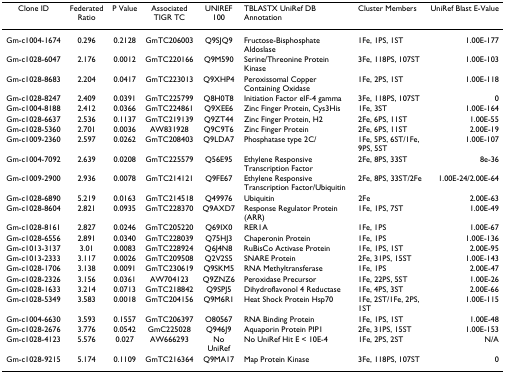
<table><thead><tr><td><b>Clone ID</b></td><td><b>Federated Ratio</b></td><td><b>P Value</b></td><td><b>Associated TIGR TC</b></td><td><b>UNIREF 100</b></td><td><b>TBLASTX UniRef DB Annotation</b></td><td><b>Cluster Members</b></td><td><b>UniRef Blast E-Value</b></td></tr></thead><tbody><tr><td>Gm-c1004-1674</td><td>0.296</td><td>0.2128</td><td>GmTC206003</td><td>Q9SJQ9</td><td>Fructose-Bisphosphate Aldoslase</td><td>1Fe, 1PS, 1ST</td><td>1.00E-177</td></tr><tr><td>Gm-c1028-6047</td><td>2.176</td><td>0.0012</td><td>GmTC220166</td><td>Q9M590</td><td>Serine/Threonine Protein Kinase</td><td>3Fe, 118PS, 107ST</td><td>1.00E-103</td></tr><tr><td>Gm-c1028-8683</td><td>2.204</td><td>0.0417</td><td>GmTC223013</td><td>Q9XHP4</td><td>Peroxissomal Copper Containing Oxidase</td><td>1Fe, 2PS, 1ST</td><td>1.00E-118</td></tr><tr><td>Gm-c1028-8247</td><td>2.409</td><td>0.0391</td><td>GmTC225799</td><td>Q8H0T8</td><td>Initiation Factor eIF-4 gamma</td><td>3Fe, 118PS, 107ST</td><td>0</td></tr><tr><td>Gm-c1004-8188</td><td>2.412</td><td>0.0366</td><td>GmTC224861</td><td>Q9XEE6</td><td>Zinc Finger Protein, Cys3His</td><td>1Fe, 3ST</td><td>1.00E-164</td></tr><tr><td>Gm-c1028-6637</td><td>2.536</td><td>0.1137</td><td>GmTC219139</td><td>Q9ZT44</td><td>Zinc Finger Protein, H2</td><td>2Fe, 6PS, 11ST</td><td>1.00E-55</td></tr><tr><td>Gm-c1028-5360</td><td>2.701</td><td>0.0036</td><td>AW831928</td><td>Q9C9T6</td><td>Zinc Finger Protein</td><td>2Fe, 6PS, 11ST</td><td>2.00E-19</td></tr><tr><td>Gm-c1009-2360</td><td>2.597</td><td>0.0262</td><td>GmTC208403</td><td>Q9LDA7</td><td>Phosphatase type 2C/</td><td>1Fe, 5PS, 6ST/1Fe, 9PS, 5ST</td><td>1.00E-107</td></tr><tr><td>Gm-c1004-7092</td><td>2.639</td><td>0.0208</td><td>GmTC225579</td><td>Q56E95</td><td>Ethylene Responsive Transcription Factor</td><td>2Fe, 8PS, 33ST</td><td>8e-36</td></tr><tr><td>Gm-c1009-2900</td><td>2.936</td><td>0.0078</td><td>GmTC214121</td><td>Q9FE67</td><td>Ethylene Responsive Transcription Factor/Ubiquitin</td><td>2Fe, 8PS, 33ST/2Fe</td><td>1.00E-24/2.00E-64</td></tr><tr><td>Gm-c1028-6890</td><td>5.219</td><td>0.0163</td><td>GmTC214518</td><td>Q49976</td><td>Ubiquitin</td><td>2Fe</td><td>2.00E-63</td></tr><tr><td>Gm-c1028-8604</td><td>2.821</td><td>0.0935</td><td>GmTC228370</td><td>Q9AXD7</td><td>Response Regulator Protein (ARR)</td><td>1Fe, 1PS, 7ST</td><td>1.00E-49</td></tr><tr><td>Gm-c1028-8161</td><td>2.827</td><td>0.0246</td><td>GmTC205220</td><td>Q69IX0</td><td>RER1A</td><td>1Fe, 1PS</td><td>1.00E-67</td></tr><tr><td>Gm-c1028-6556</td><td>2.891</td><td>0.0340</td><td>GmTC228039</td><td>Q75HJ3</td><td>Chaperonin Protein</td><td>1Fe, 1PS</td><td>1.00E-136</td></tr><tr><td>Gm-c1013-3137</td><td>3.01</td><td>0.0083</td><td>GmTC228924</td><td>Q6J4N8</td><td>RuBisCo Activase Protein</td><td>1Fe, 1PS, 1ST</td><td>2.00E-95</td></tr><tr><td>Gm-c1013-2333</td><td>3.117</td><td>0.0026</td><td>GmTC209508</td><td>Q2V2S5</td><td>SNARE Protein</td><td>2Fe, 31PS, 15ST</td><td>1.00E-143</td></tr><tr><td>Gm-c1028-1706</td><td>3.138</td><td>0.0091</td><td>GmTC230619</td><td>Q9SKM5</td><td>RNA Methyltransferase</td><td>1Fe, 1PS</td><td>2.00E-47</td></tr><tr><td>Gm-c1028-2326</td><td>3.156</td><td>0.0361</td><td>AW704123</td><td>Q9ZNZ6</td><td>Peroxidase Precursor</td><td>1Fe, 22PS, 5ST</td><td>1.00E-26</td></tr><tr><td>Gm-c1028-1633</td><td>3.214</td><td>0.0713</td><td>GmTC218842</td><td>Q9SPJ5</td><td>Dihydroflavonol 4 Reductase</td><td>1Fe, 4PS, 3ST</td><td>2.00E-66</td></tr><tr><td>Gm-c1028-5349</td><td>3.583</td><td>0.0018</td><td>GmTC204156</td><td>Q9M6R1</td><td>Heat Shock Protein Hsp70</td><td>1Fe, 2ST/1Fe, 2PS, 1ST</td><td>1.00E-115</td></tr><tr><td>Gm-c1004-6630</td><td>3.593</td><td>0.1557</td><td>GmTC206397</td><td>O80567</td><td>RNA Binding Protein</td><td>1Fe, 1PS, 1ST</td><td>1.00E-48</td></tr><tr><td>Gm-c1028-2676</td><td>3.776</td><td>0.0542</td><td>GmC225028</td><td>Q946J9</td><td>Aquaporin Protein PIP1</td><td>2Fe, 31PS, 15ST</td><td>1.00E-153</td></tr><tr><td>Gm-c1028-4123</td><td>5.576</td><td>0.027</td><td>AW666293</td><td>No UniRef</td><td>No UniRef Hit E &lt; 10E-4</td><td>1Fe, 2PS, 2ST</td><td>N/A</td></tr><tr><td>Gm-c1028-9215</td><td>5.174</td><td>0.1109</td><td>GmTC216364</td><td>Q9MA17</td><td>Map Protein Kinase</td><td>3Fe, 118PS, 107ST</td><td>0</td></tr></tbody></table>